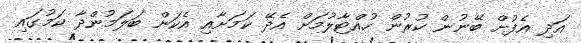
އަދި އެފުށް ބޭނުން ކުރުން ހުއްޓާލުމަށް އެދޭ ކަމަށާއި އެކަން ބަލަމުންދާ ކަމުގައި